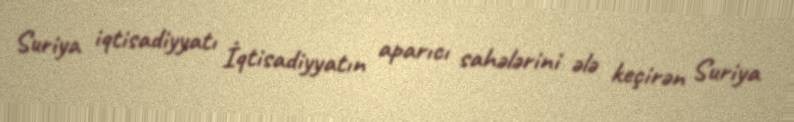
Suriya iqtisadiyyatı İqtisadiyyatın aparıcı sahələrini ələ keçirən Suriya